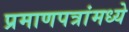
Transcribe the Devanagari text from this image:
प्रमाणपत्रांमध्ये